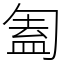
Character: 㔩